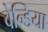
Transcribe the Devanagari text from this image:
वेन्डिया